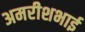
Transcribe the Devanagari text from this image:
अमरीशभाई